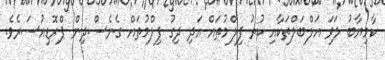
ކާމިޔާބު ލަވަ އަލްބަލްތަކާއި ކުރު ފިލްމުތައް އަދި ދިގު ފިލްމުތައް ގެނެސްދިން ޕްރޮޑިއުސަރެވެ.